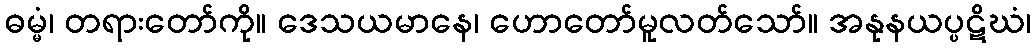
ဓမ္မံ၊ တရားတော်ကို။ ဒေသယမာနေ၊ ဟောတော်မူလတ်သော်။ အနုနယပ္ပဋိဃံ၊